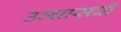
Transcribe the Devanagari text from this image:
उञ्चासवीं